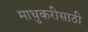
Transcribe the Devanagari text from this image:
माधुकरीसाठी